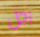
رجل